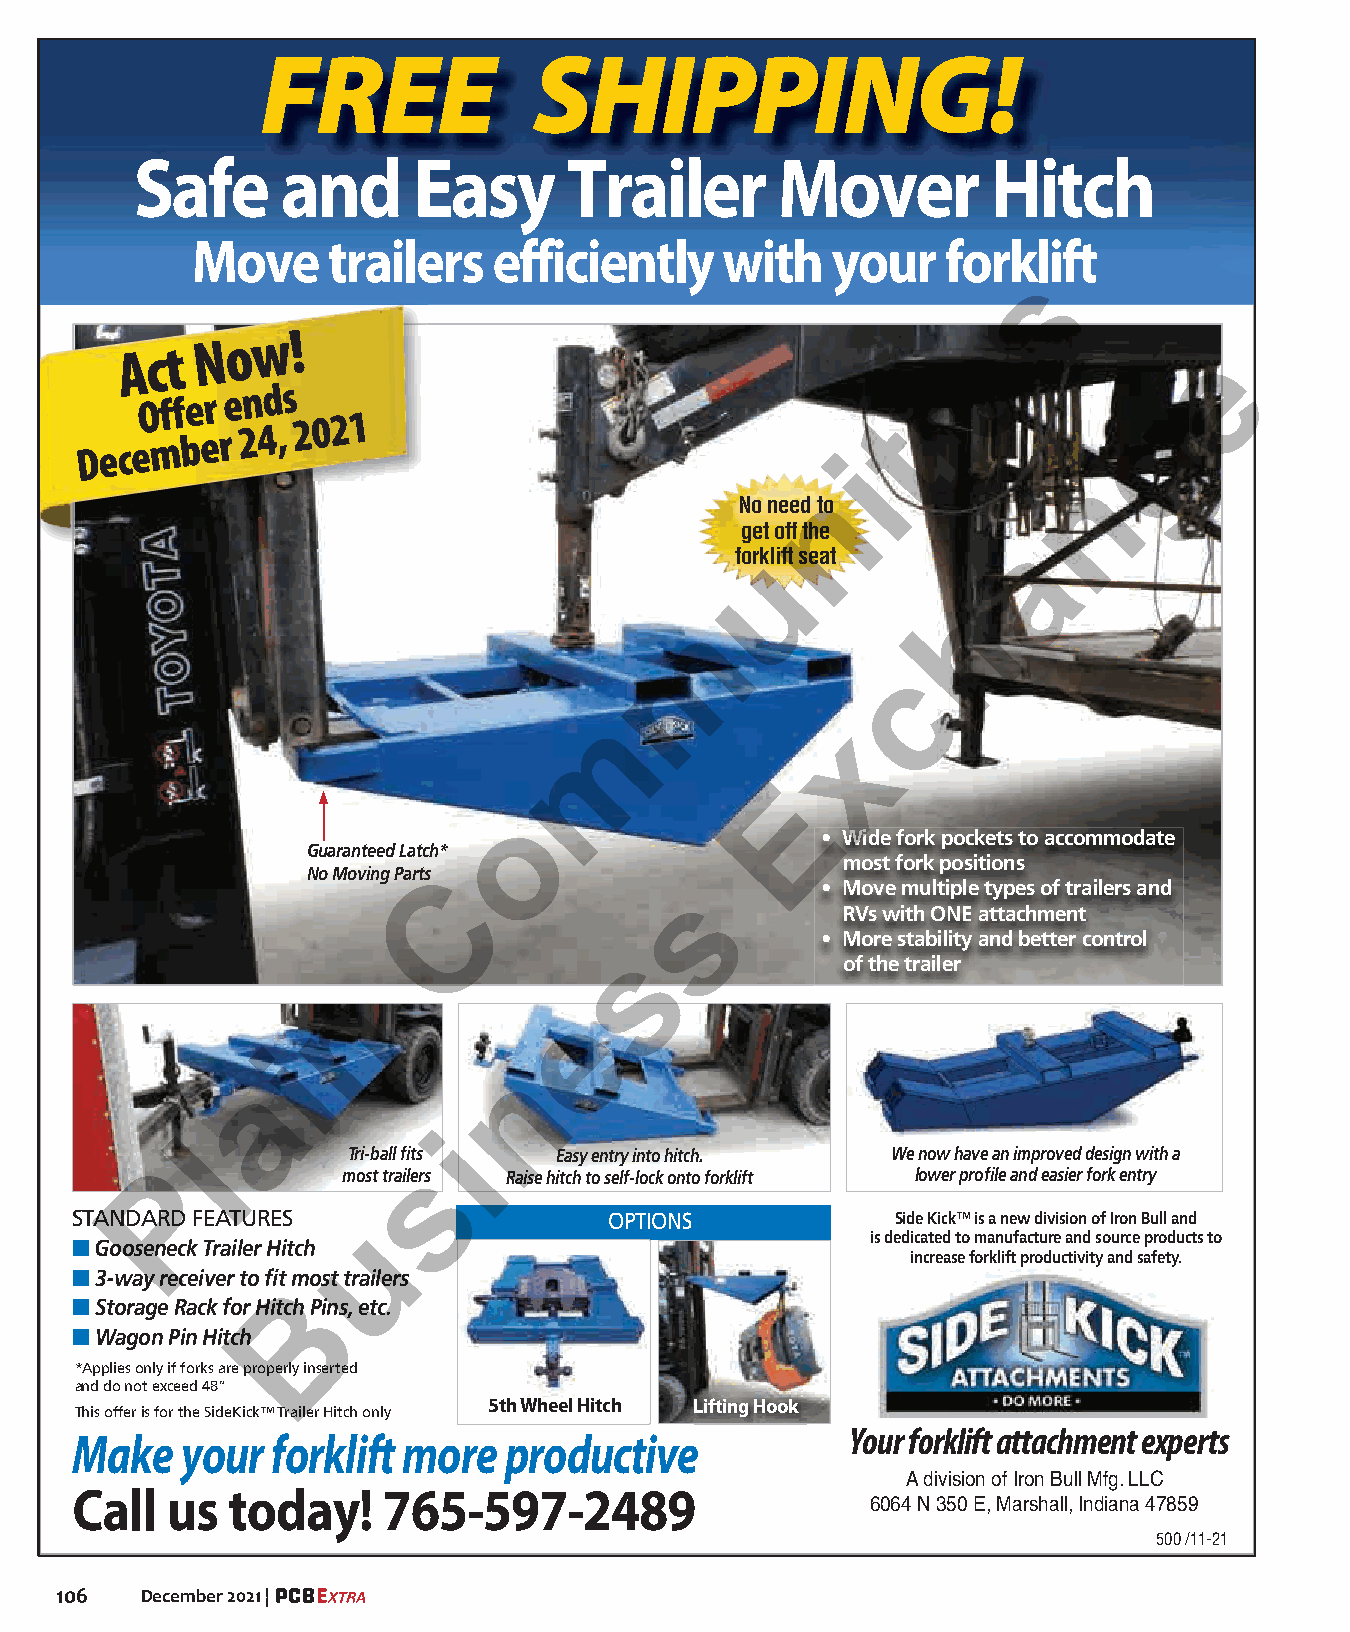
FREE              SHIPPING!
 SSaaffee  aanndd  EEaassyy   TTrraaiilleerr MMoovveerr   HHiittcchh
 Move     trailers   efficiently    with   your    forkli ft
 s
 A c t N o w !                                           e               e
 Offer
 ends
 i
 December
 24,
 2021
 t
 g
 i
 n
 n
 No need to
 get off the
 a
 forkulift seat
 h
 m
 c
 m
 x
 E
 o
 • Wide fork pockets to accommodate
 Guaranteed Latch*
 most fork positions
 No Moving Parts
 C              s        • Move multiple types of trailers and
 RVs with ONE attachment
 • More stability and better control
 s
 of the trailer
 n
 e
 i
 n
 a
 i
 l
 Tri-ball fi ts Easy entry into hitch. We now have an improved design with a
 P           most trailerss Raise hitch to self-lock onto forklift lower profi le and easier fork entry
 STANDARD FEATURES                  OPTIONS            Side Kick™ is a new division of Iron Bull and
 u
 ■ Gooseneck Trailer Hitch                            is dedicated to manufacture and source products to
 increase forklift productivity and safety.
 ■ 3-way receiver to fi t most trailers
 B
 ■ Storage Rack for Hitch Pins, etc.
 ■ Wagon Pin Hitch
 *Applies only if forks are properly inserted
 and do not exceed 48”
 5th Wheel Hitch Lifting Hook
 This offer is for the SideKick™ Trailer Hitch only
 Your forklift attachment experts
 Make   your  forklift more  productive
 A division of Iron Bull Mfg. LLC
 Call  us  today!    765-597-2489
 6064 N 350 E, Marshall, Indiana 47859
 500 /11-21
 8.125 x 10.125 PCBE                       500 / 11-21
 106  December 2021 |
 John Lapp advertise@plaincommunities.com